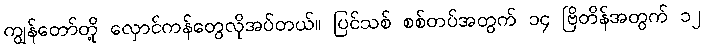
ကျွန်တော်တို့ လှောင်ကန်တွေလိုအပ်တယ်။ ပြင်သစ် စစ်တပ်အတွက် ၁၄ ဗြိတိန်အတွက် ၁၂